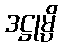
ဒဋ္ဌုမ္ပိ